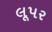
લૂપર